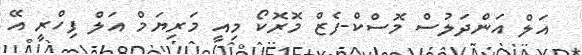
އަލް އަންދަލުސް މޮސްކް-ފެޒް މޮރޮކޯ މިއީ މަރިޔަމް އަލް ފިހްރީ އޭ